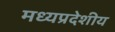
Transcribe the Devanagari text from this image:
मध्यप्रदेशीय